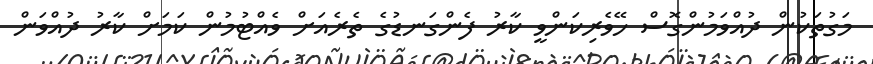
މަގުތަކުން ދުއްވަމުންގޮސް ހޭވެރިކަންވީ ކާރު ފެންގަނޑުގެ ތެރެއަށް ވެއްޓުމުން ކަމަށް ކާރު ދުއްވަން